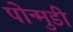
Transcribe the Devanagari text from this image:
पोन्मुडी